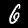
Digit: 6